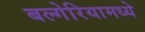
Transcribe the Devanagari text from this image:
बल्गेरियामध्ये